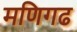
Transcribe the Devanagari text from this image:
मणिगढ